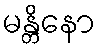
မန္တိနော